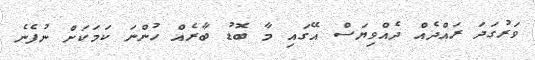
ވަރުގަދަ ރައްދެއް ދެއްވިޔަސް އޭގައި މާ ބޮޑު ބާރެއް ހުންނަ ކަމަކަށް ނުފެނެ